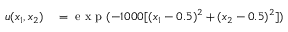
\begin{array} { r l } { u ( x _ { 1 } , x _ { 2 } ) } & { { } = \mathrm { ~ e ~ x ~ p ~ } ( - 1 0 0 0 [ ( x _ { 1 } - 0 . 5 ) ^ { 2 } + ( x _ { 2 } - 0 . 5 ) ^ { 2 } ] ) } \end{array}